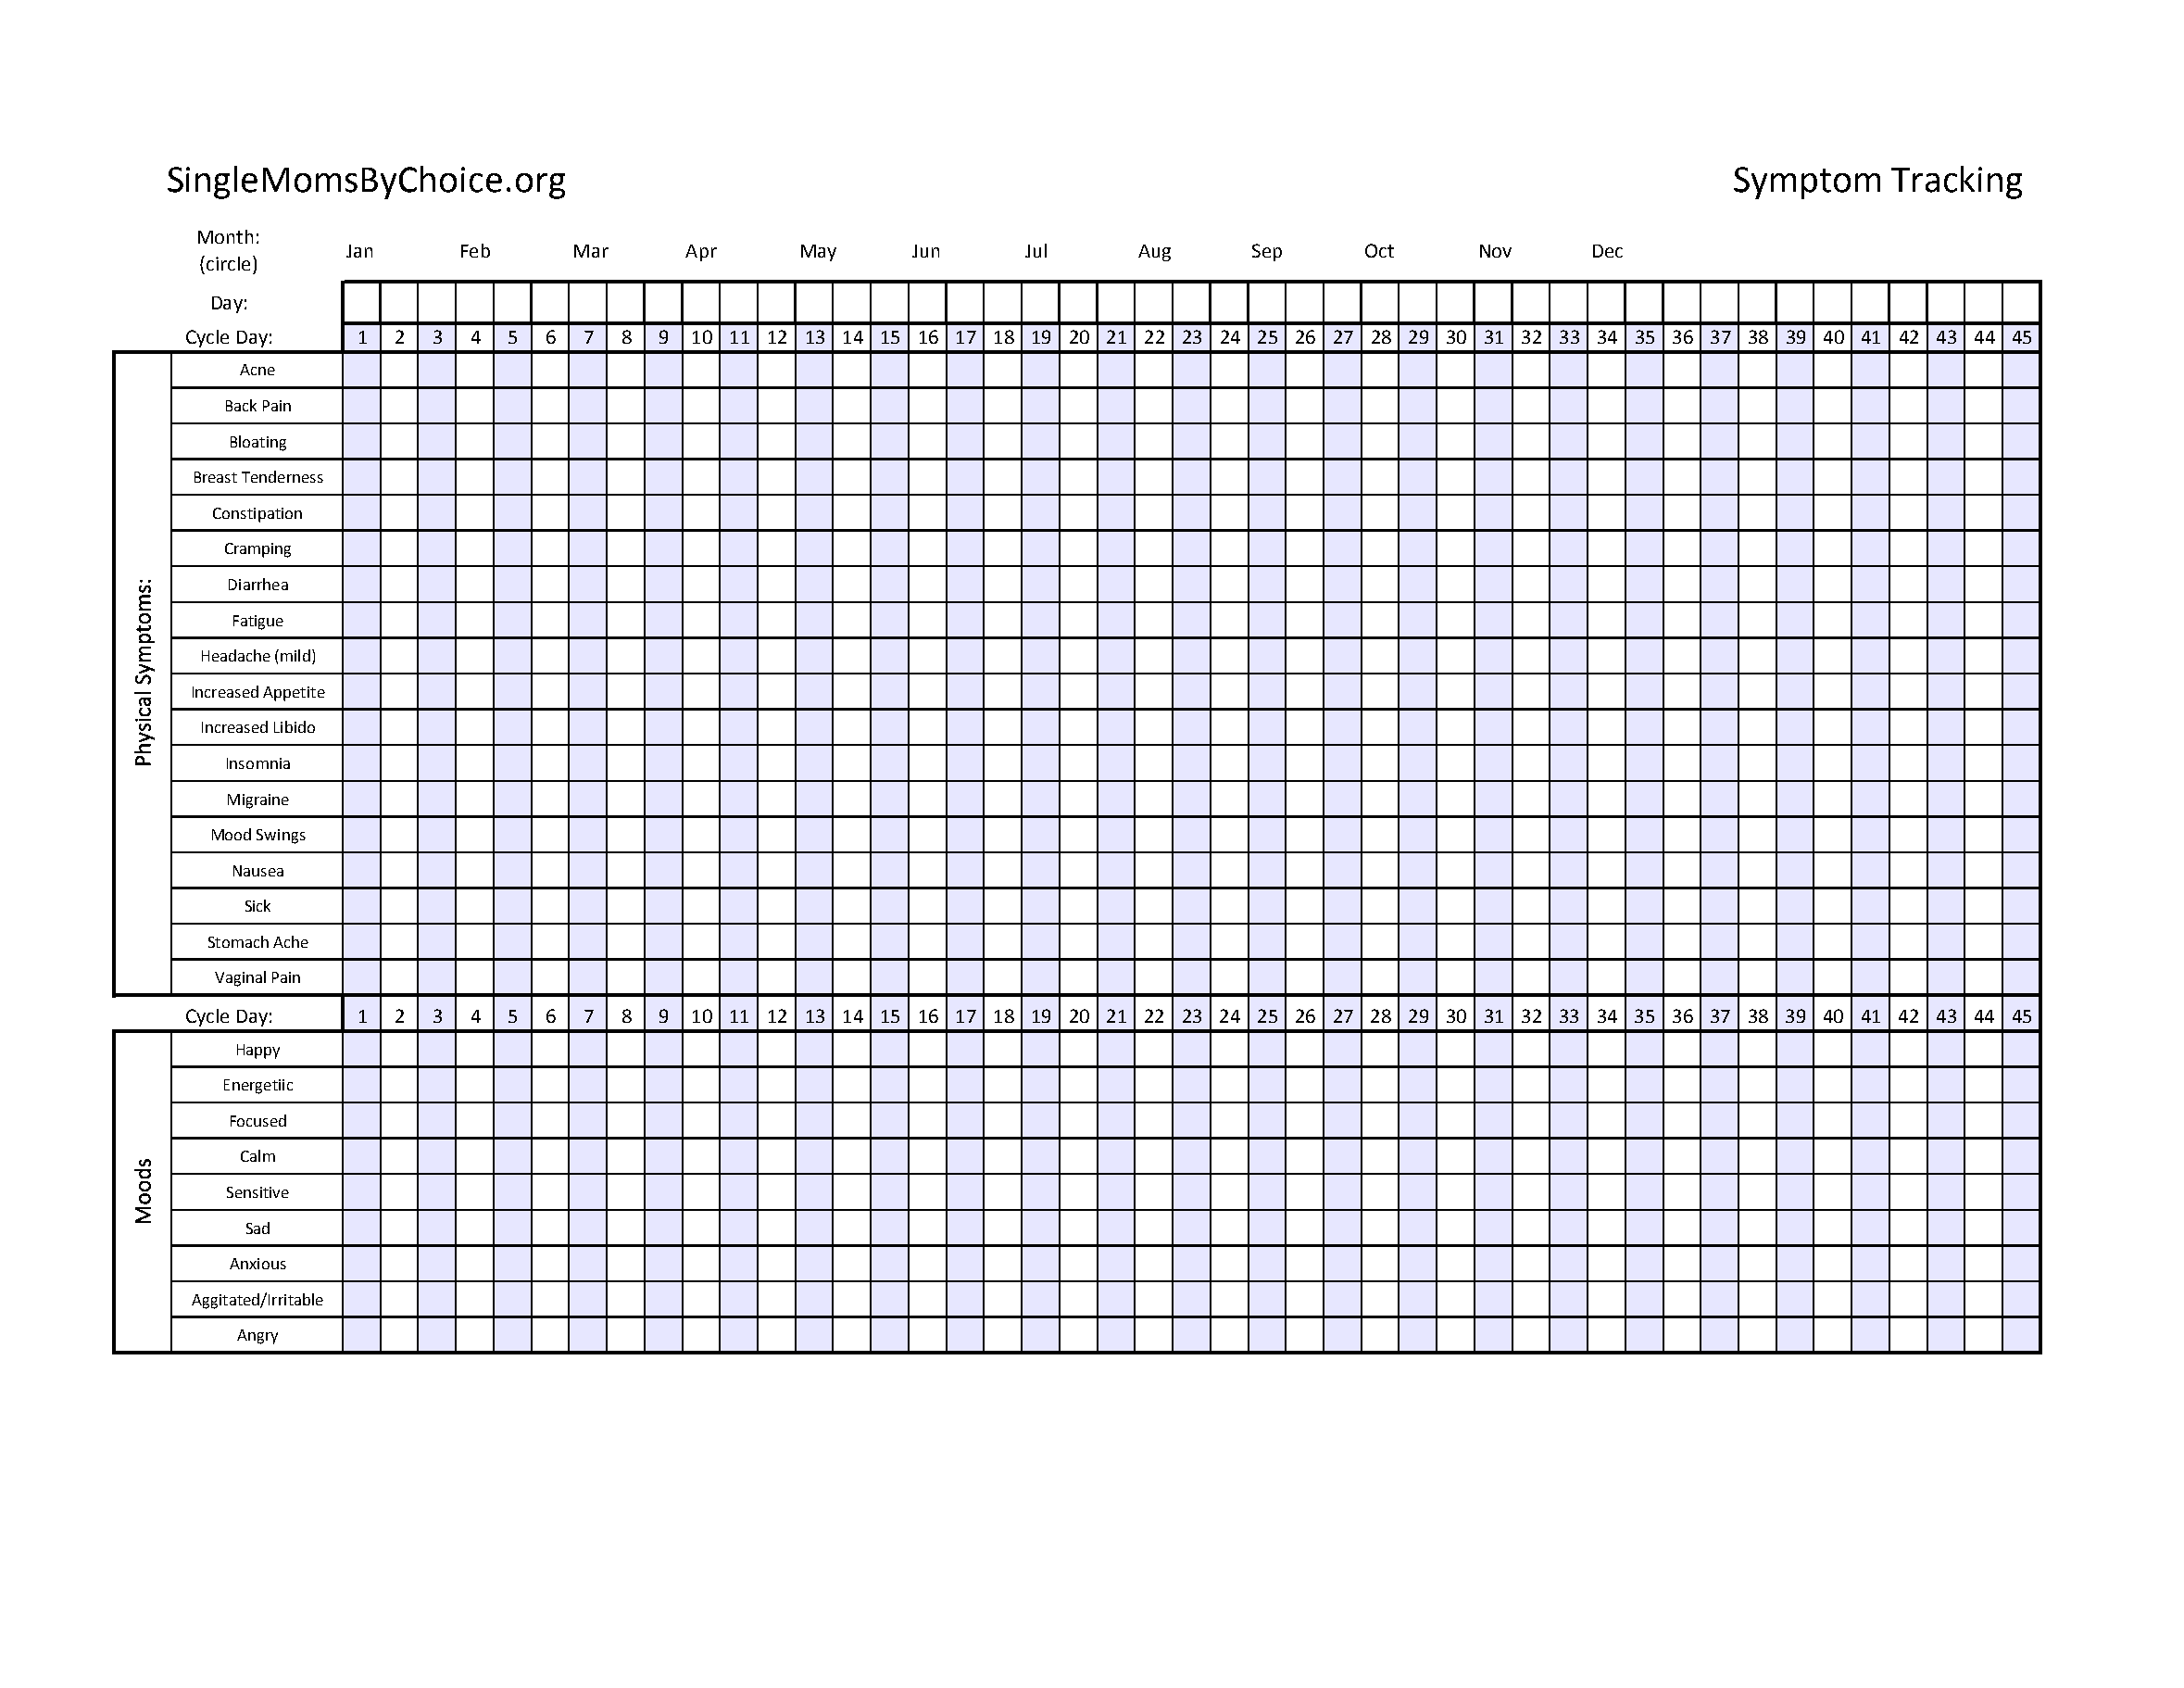
SingleMomsByChoice.org                                                                                          Symptom    Tracking
 Month:
 Jan     Feb     Mar     Apr     May     Jun      Jul     Aug     Sep     Oct     Nov     Dec
 (circle)
 Day:
 Cycle Day:  1  2 3  4  5 6  7  8 9  10 11 12 13 14 15 16 17 18 19 20 21 22 23 24 25 26 27 28 29 30 31 32 33 34 35 36 37 38 39 40 41 42 43 44 45
 Acne
 Back Pain
 Bloating
 Breast Tenderness
 Constipation
 Cramping
 Diarrhea
 Fatigue
 Headache (mild)
 Increased Appetite
 Increased Libido
 Insomnia
 Migraine
 Mood Swings
 Nausea
 Sick
 Stomach Ache
 Vaginal Pain
 Cycle Day:  1  2 3  4  5 6  7  8 9  10 11 12 13 14 15 16 17 18 19 20 21 22 23 24 25 26 27 28 29 30 31 32 33 34 35 36 37 38 39 40 41 42 43 44 45
 Happy
 Energetiic
 Focused
 Calm
 Sensitive
 Sad
 Anxious
 Aggitated/Irritable
 Angry
 :smotpmyS
 lacisyhP
 sdooM